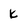
Character: k